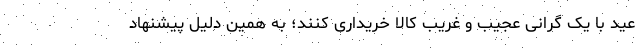
عید با یک گرانی عجیب و غریب کالا خریداری کنند؛ به همین دلیل پیشنهاد